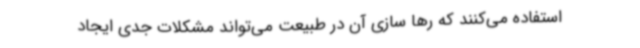
استفاده می‌کنند که رها سازی آن در طبیعت می‌تواند مشکلات جدی ایجاد